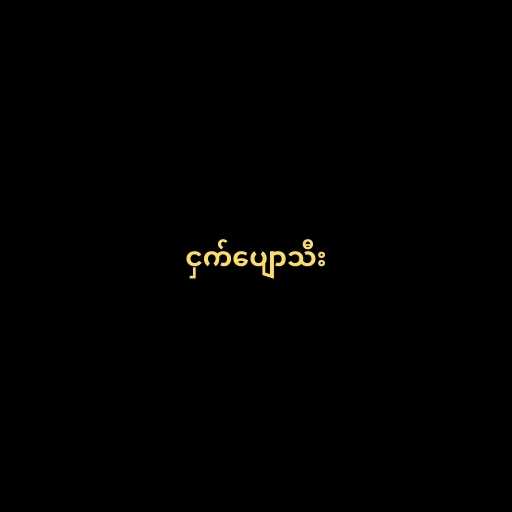
ငှက်ပျောသီး